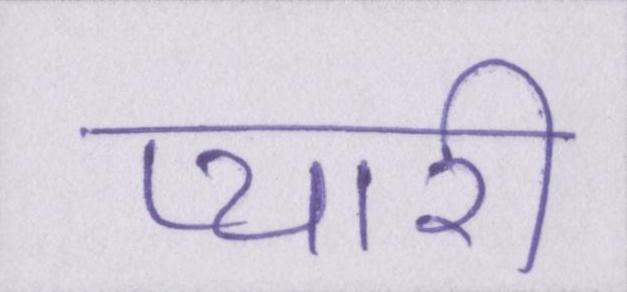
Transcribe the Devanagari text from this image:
प्यारी